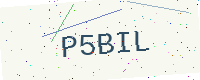
Text: P5BIL